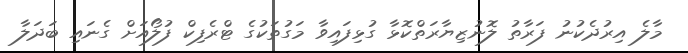
މާލެ އިރުދެކުނު ފަރާތު ލޮނުޒިޔާރަތްކޮޅާ ގުޅިފައިވާ މަގުތަކުގެ ޓްރެފިކް ފުލޯއަށް ގެނައި ބަދަލާ